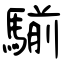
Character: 騚